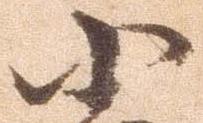
小